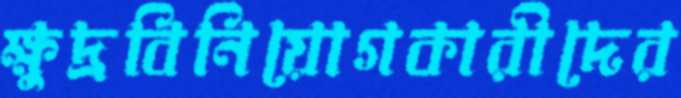
ক্ষুদ্রবিনিয়োগকারীদের